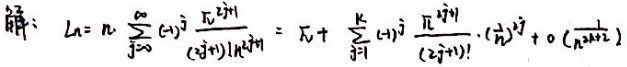
\[
\begin{align*}
\text{解}: L_n&=n\sum_{j = 0}^{\infty}(-1)^j\frac{\pi^{2j + 1}}{(2j+1)!n^{2j+1}}=\pi+\sum_{j = 1}^{k}(-1)^j\frac{\pi^{2j + 1}}{(2j+1)!}\cdot(n^{-2j})+o\left(n^{-(2k + 1)}\right)
\end{align*}
\]